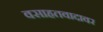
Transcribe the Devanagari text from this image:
वसाहतवादावर